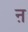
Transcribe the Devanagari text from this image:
ऩ